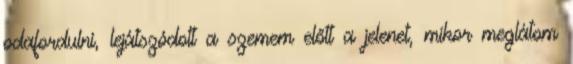
odafordulni, lejátszódott a szemem előtt a jelenet, mikor meglátom